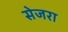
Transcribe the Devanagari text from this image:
सेजरा